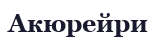
Акюрейри